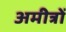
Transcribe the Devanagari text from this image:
अमीत्रों